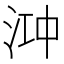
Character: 𬇧